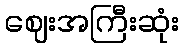
ဈေးအကြီးဆုံး